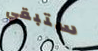
ستبقي